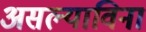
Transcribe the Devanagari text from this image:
असल्याविना